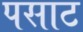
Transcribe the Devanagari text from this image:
पसाट